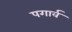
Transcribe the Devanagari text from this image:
पगार्व